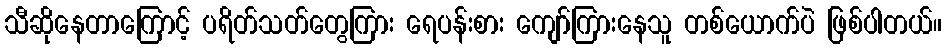
သီဆိုနေတာကြောင့် ပရိတ်သတ်တွေကြား ရေပန်းစား ကျော်ကြားနေသူ တစ်ယောက်ပဲ ဖြစ်ပါတယ်။